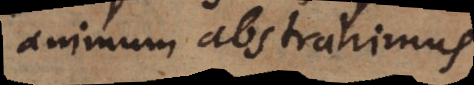
animum abstrahimus.